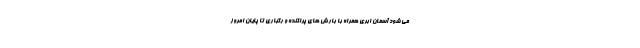
می شود آسمان ابری همراه با بارش های پراکنده و رگباری تا پایان امروز